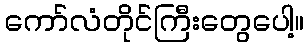
ကော်လံတိုင်ကြီးတွေပေါ့။